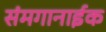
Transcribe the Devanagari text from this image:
संमगानाईक